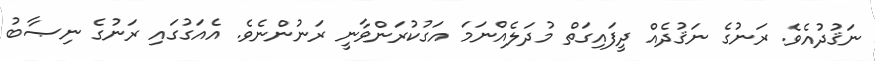
ނަޤުދުއެވެ. ރަނުގެ ނަޤުދެއް ދީފައިގަތް މުދަލެއްނަމަ އަގުކުރަންވާނީ ރަނުންނެވެ. އެއަގުގައި ރަނުގެ ނިޞާބު